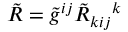
\tilde { R } = \tilde { g } ^ { i j } \tilde { R } _ { k i j } { } ^ { k }